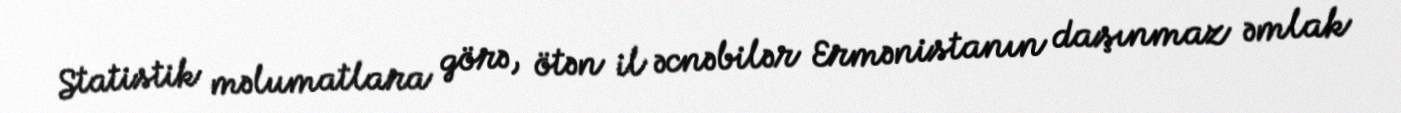
Statistik məlumatlara görə, ötən il əcnəbilər Ermənistanın daşınmaz əmlak